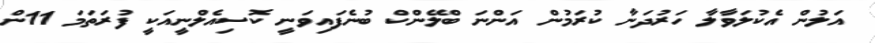
އަލުން އެކުލަވާލާ ހަރުދަނާ ކުރަމުން އަންނަ ބްލޭންކް ބުނެފައިވަނީ ކޮސިއެލްނީއަކީ ފުރަތަމަ 11ން